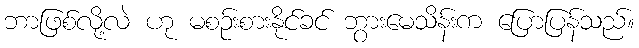
ဘာဖြစ်လို့လဲ ဟု မစဉ်းစားနိုင်ခင် ဘွားမေသိန်းက ပြောပြန်သည်။